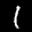
Label: 1